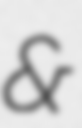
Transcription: &